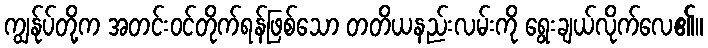
ကျွန်ုပ်တို့က အတင်းဝင်တိုက်ရန်ဖြစ်သော တတိယနည်းလမ်းကို ရွေးချယ်လိုက်လေ၏။